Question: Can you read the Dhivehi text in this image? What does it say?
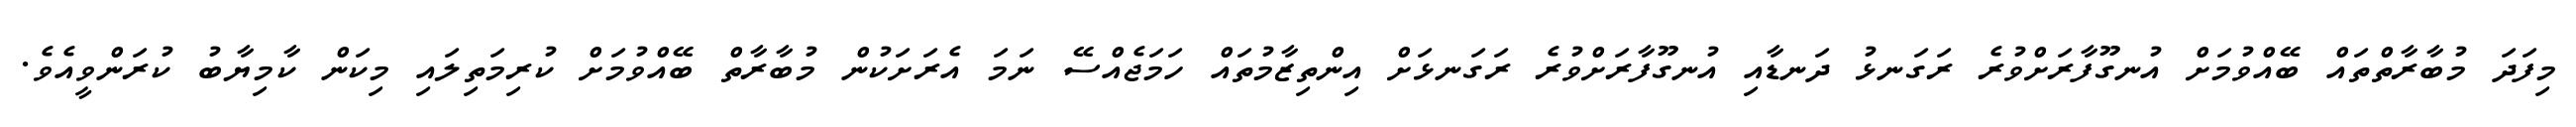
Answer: މިފަދަ މުބާރާތްތައް ބޭއްވުމަށް އުނގޫފާރަށްވުރެ ރަގަނޅު ދަނޑާއި އުނގޫފާރަށްވުރެ ރަގަނޅަށް އިންތިޒާމުތައް ހަމަޖެއްސޭ ނަމަ އެރަށަކުން މުބާރާތް ބޭއްވުމަށް ކުރިމަތިލައި މިކަން ކާމިޔާބު ކުރަންވީއެވެ.